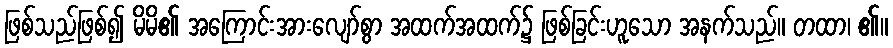
ဖြစ်သည်ဖြစ်၍ မိမိ၏ အကြောင်းအားလျော်စွာ အထက်အထက်၌ ဖြစ်ခြင်းဟူသော အနက်သည်။ တထာ၊ ၏။